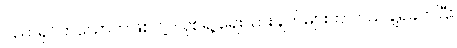
ပညာရှင်တယောက်ဖြစ်တဲ့ လုစ်ရဲ့ ရေးသားချက်များဟာ ပယ်ချရခက်ပြီး